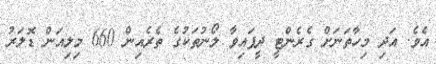
އެވެ. އަދި މިހާތަނަށް ގެރެންޓީ ދީފައިވާ ލޯނުތަކުގެ ތެރެއިން 660 މިލިއަން ޑޮލަރު